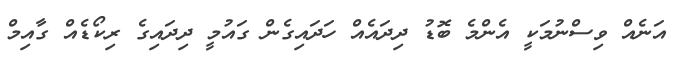
އަނެއް ވިސްނުމަކީ އެންމެ ބޮޑު ދިދައެއް ހަދައިގެން ގައުމީ ދިދައިގެ ރިކޯޑެއް ގާއިމް